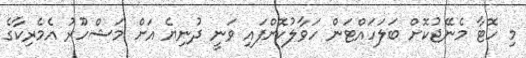
މި ހޮޓާ މެނޭޖުކޮށް ބަލަހައްޓަން ހަވާލުކޮށްފައި ވަނީ ދުނިޔެ އަށް މަޝްހޫރު އެމެރިކާގެ